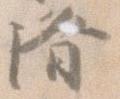
済